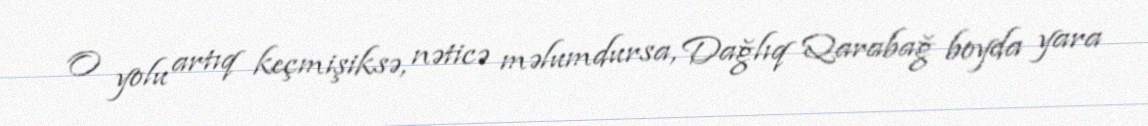
O yolu artıq keçmişiksə, nəticə məlumdursa, Dağlıq Qarabağ boyda yara